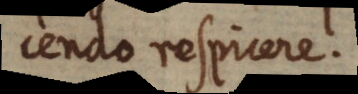
cendo respicere.